system: You are a helpful assistant.
user:
Analyze the provided spectrum to determine if it is a **"Cataclysmic Variables (CV)"**.

- **Key Indicators for CV (Check for either state):**
    - **State 1: Quiescent / Low-State (Emission-Dominated)**
        - **(Primary):** Strong and *very broad* Hydrogen Balmer emission lines (e.g., $H\alpha$ at 6563 Å, $H\beta$ at 4861 Å). The 'broadness' (high velocity dispersion, often FWHM > 1000 km/s) is the key diagnostic, indicating a high-velocity accretion disk.
        - **(Secondary):** Broad neutral Helium (He I) emission lines (e.g., 5876 Å, 6678 Å).
        - **(Key Confirmation):** Presence of high-excitation *ionized* Helium (He II) emission at 4686 Å. This is a strong indicator of accretion onto a white dwarf.
        - **(Line Profile):** Emission lines may exhibit a 'double-peaked' profile, which is a classic signature of a rotating accretion disk viewed at high inclination.

    - **State 2: Outburst / High-State (Absorption-Dominated)**
        - **(Primary):** Spectrum is dominated by a bright, blue continuum (looks like a hot star).
        - **(Secondary):** The emission lines from State 1 are weak, absent, or 'filled in', and are replaced by broad, shallow *absorption* lines (primarily Balmer and He I).
        - **(Morphology):** The overall spectrum mimics a hot B/A-type star. The crucial difference is that the absorption lines are significantly broader, shallower, and more 'washed-out' (or 'smeared') than the sharp lines of a normal stellar photosphere, due to high rotational speeds and pressure broadening in the disk.

Think first, call **spectral_visualization_tool** if needed to examine features in detail, then provide your final answer. Your response must adhere to the following strict rules:
1.  **Overall Structure:** Your response must follow the format `<think>...</think> <tool_call>...</tool_call> (if a tool is used) <answer>...</answer>`.
2.  **Tool Usage Constraint:** You may only make **one** tool call per turn.
3.  **Final Answer Format:** In the `<answer>` tag, your conclusion must be inside a `\boxed{}` command (e.g., `\boxed{YES}`), followed by your justification.

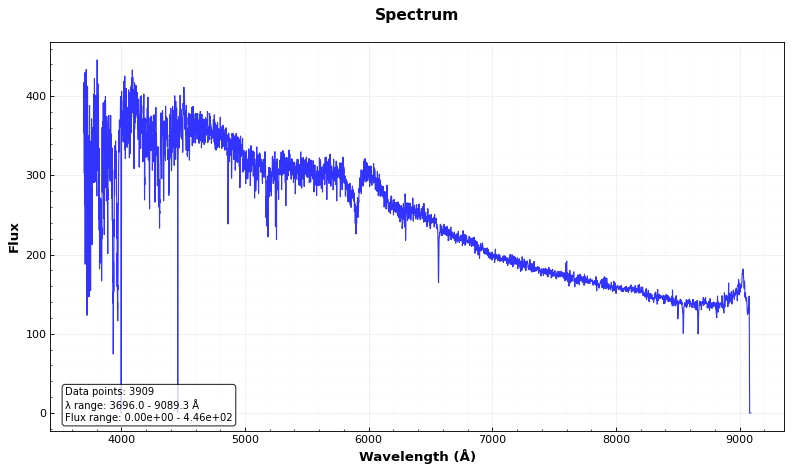
Answer: NO